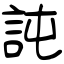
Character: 訰